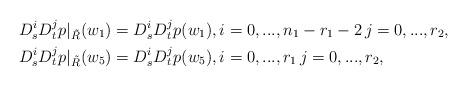
LaTeX: \begin{align*}&D^i_sD^j_tp\vert_{\tilde R}(w_1)=D^i_sD^j_tp(w_1), i=0,...,n_1-r_1-2\,j=0,...,r_2,\\&D^i_sD^j_tp\vert_{\tilde R}(w_5)=D^i_sD^j_tp(w_5), i=0,...,r_1\,j=0,...,r_2, \end{align*}